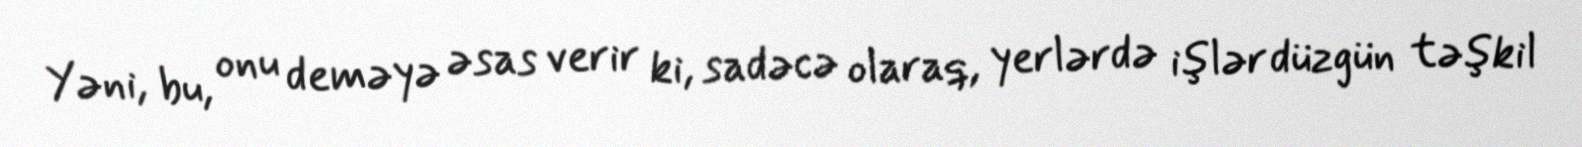
Yəni, bu, onu deməyə əsas verir ki, sadəcə olaraq, yerlərdə işlər düzgün təşkil